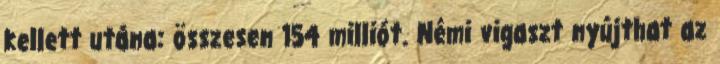
kellett utána: összesen 154 milliót. Némi vigaszt nyújthat az